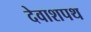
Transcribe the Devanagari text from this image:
देवाशपथ